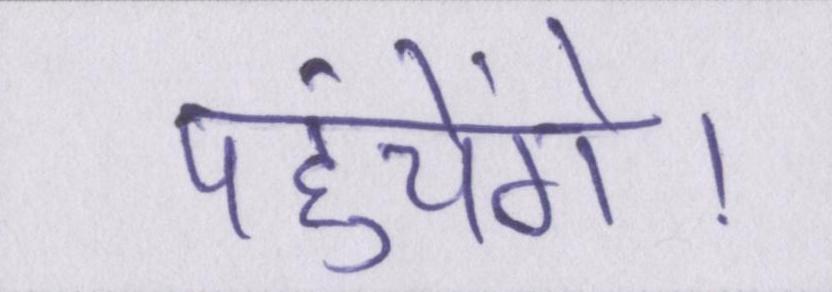
पहुंचेंगे।